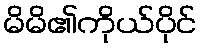
မိမိ၏ကိုယ်ပိုင်